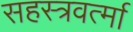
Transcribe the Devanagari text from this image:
सहस्‍त्रवर्त्‍मा